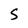
Character: S